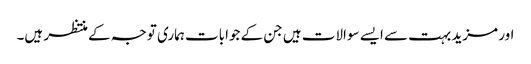
اور مزید بہت سے ایسے سوالات ہیں جن کے جوابات ہماری توجہ کے منتظر ہیں۔